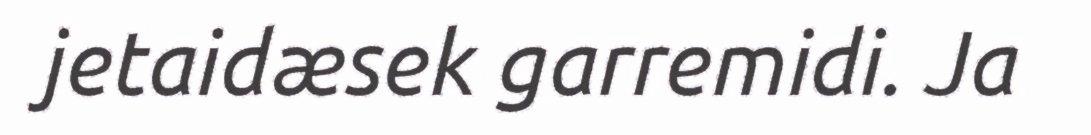
jetaidæsek garremidi. Ja